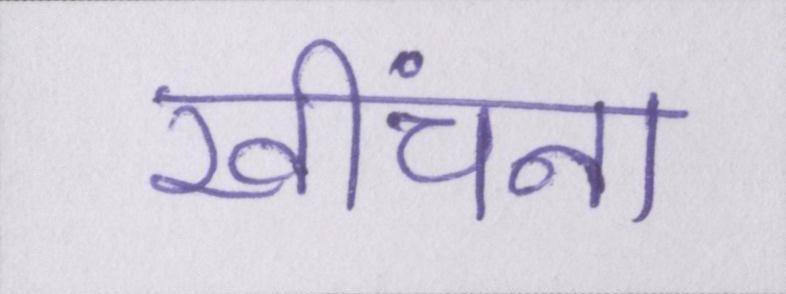
खींचना